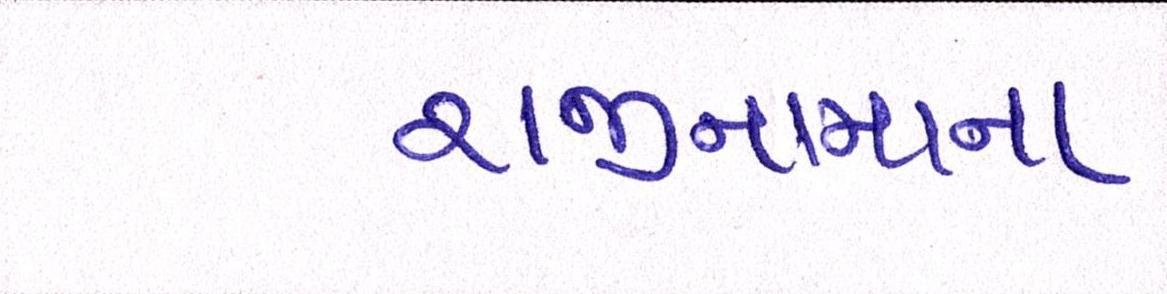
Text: રાજીનામાના